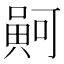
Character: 𠾟